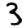
Digit: 3